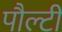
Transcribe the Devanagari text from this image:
पौल्टी